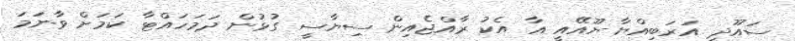
ސައޫދީ އަރަބިއްޔާ-ޔޫއޭއީ އާ އެެކު ރާއްޖެއިން ސިޔާސީ ގުޅުން ދަމަހައްޓާ ކަމަށް ވާނަމަ